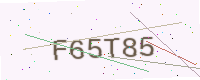
Text: F65T85